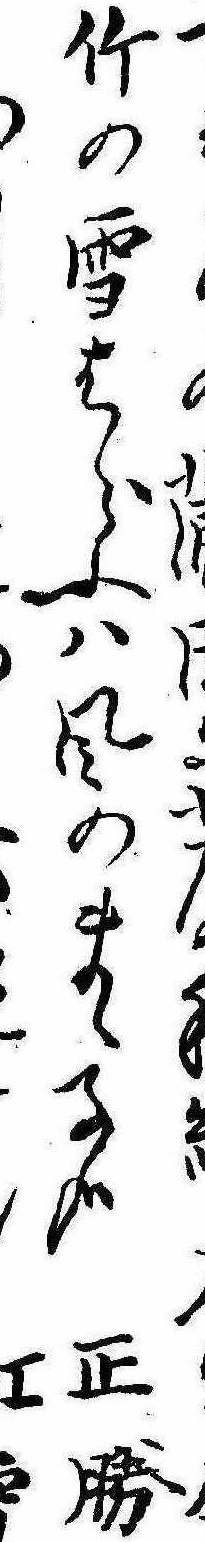
竹の雪はらふは風のまゝ子哉正勝